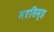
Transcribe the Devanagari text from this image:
नरसिम्ह